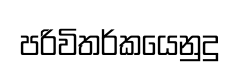
පරිවිතර්කයෙනුදු